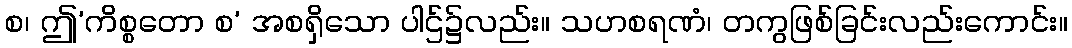
စ၊ ဤ’ကိစ္စတော စ’ အစရှိသော ပါဌ်၌လည်း။ သဟစရဏံ၊ တကွဖြစ်ခြင်းလည်းကောင်း။